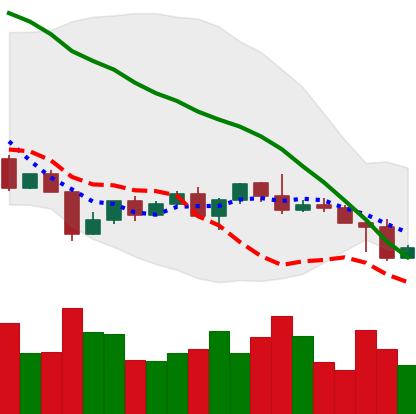
Ticker: NEO-USD
Chart end date: 2022-04-27
Forward return: -7.503%
Label: down_7plus